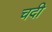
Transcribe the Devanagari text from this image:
चदी